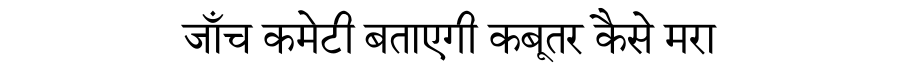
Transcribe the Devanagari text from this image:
जाँच कमेटी बताएगी कबूतर कैसे मरा